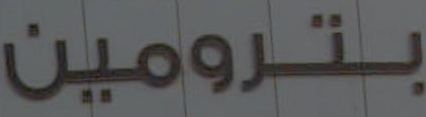
بترومين